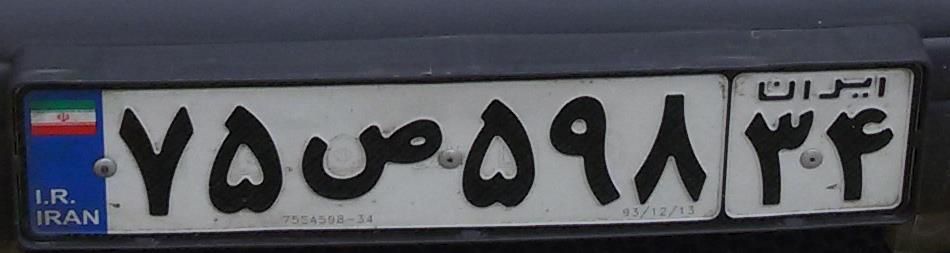
۷۵ص۵۹۸۳۴